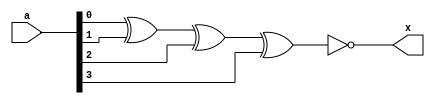
`timescale 1ns/1ns

module xnor_prim(a, x);
input [3:0] a;
output x;

xnor U0(x, a[0], a[1], a[2], a[3]);

endmodule